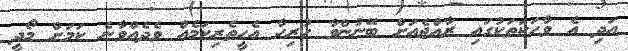
އަދި އެ ވާހަކަތަކުގައި ރާއްޖެއަށް ބޭނުންވާ ހުރިހާ އެހީތެރިކަމެއް ވެދެއްވާނެ ކަމަށް މޯދީ